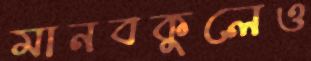
মানবকুলেও